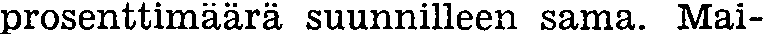
prosenttimäärä suunnilleen sama. Mai-